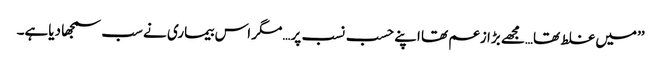
’’میں غلط تھا…مجھے بڑا زعم تھا اپنے حسب نسب پر…مگر اس بیماری نے سب سمجھا دیاہے۔